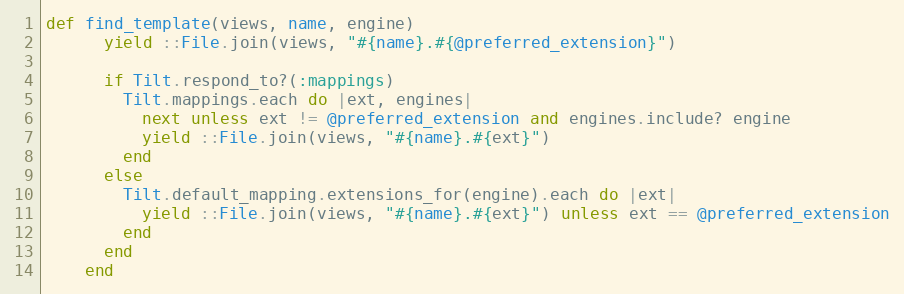
Language: Ruby
def find_template(views, name, engine)
      yield ::File.join(views, "#{name}.#{@preferred_extension}")

      if Tilt.respond_to?(:mappings)
        Tilt.mappings.each do |ext, engines|
          next unless ext != @preferred_extension and engines.include? engine
          yield ::File.join(views, "#{name}.#{ext}")
        end
      else
        Tilt.default_mapping.extensions_for(engine).each do |ext|
          yield ::File.join(views, "#{name}.#{ext}") unless ext == @preferred_extension
        end
      end
    end